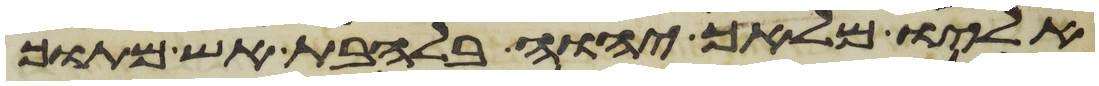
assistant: אליו מלאך יהוה בלהבת אש מתוך